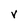
Character: v